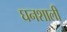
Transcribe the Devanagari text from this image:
घनशाली